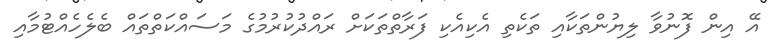
އޭ އިން ފޮނުވާ ލިޔުންތަކާއި ތަކެތި އެކިއެކި ފަރާތްތަކަށް ރައްދުކުރުމުގެ މަސައްކަތްތައް ބެލެހެއްޓުމާއި